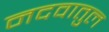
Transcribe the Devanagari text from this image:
नदवातुल